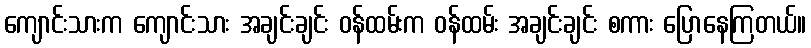
ကျောင်းသားက ကျောင်းသား အချင်းချင်း ဝန်ထမ်းက ဝန်ထမ်း အချင်းချင်း စကား ပြောနေကြတယ်။